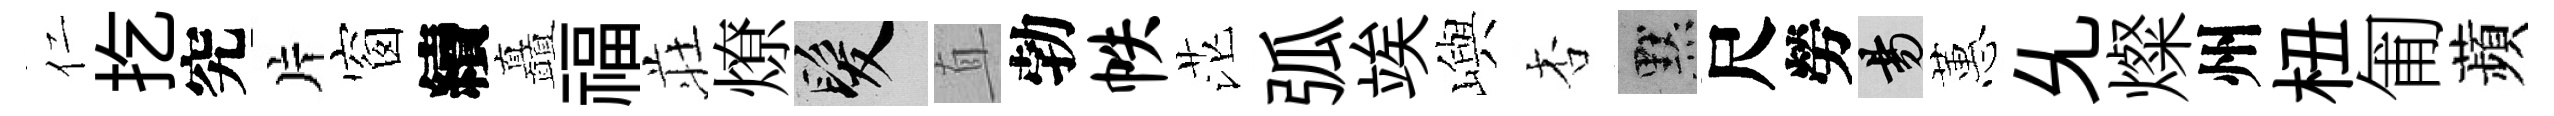
仁扢究片窗續矗福荘燎髮直勃帙茫弧竢嶼杏默尺勞昜蕙𠃔燦州杻匍蘋